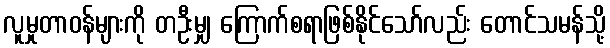
လူမှုတာဝန်များကို တဦးမျှ ကြောက်စရာဖြစ်နိုင်သော်လည်း တောင်သမန်သို့